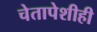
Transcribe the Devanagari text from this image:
चेतापेशीही